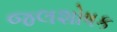
જલશોષક